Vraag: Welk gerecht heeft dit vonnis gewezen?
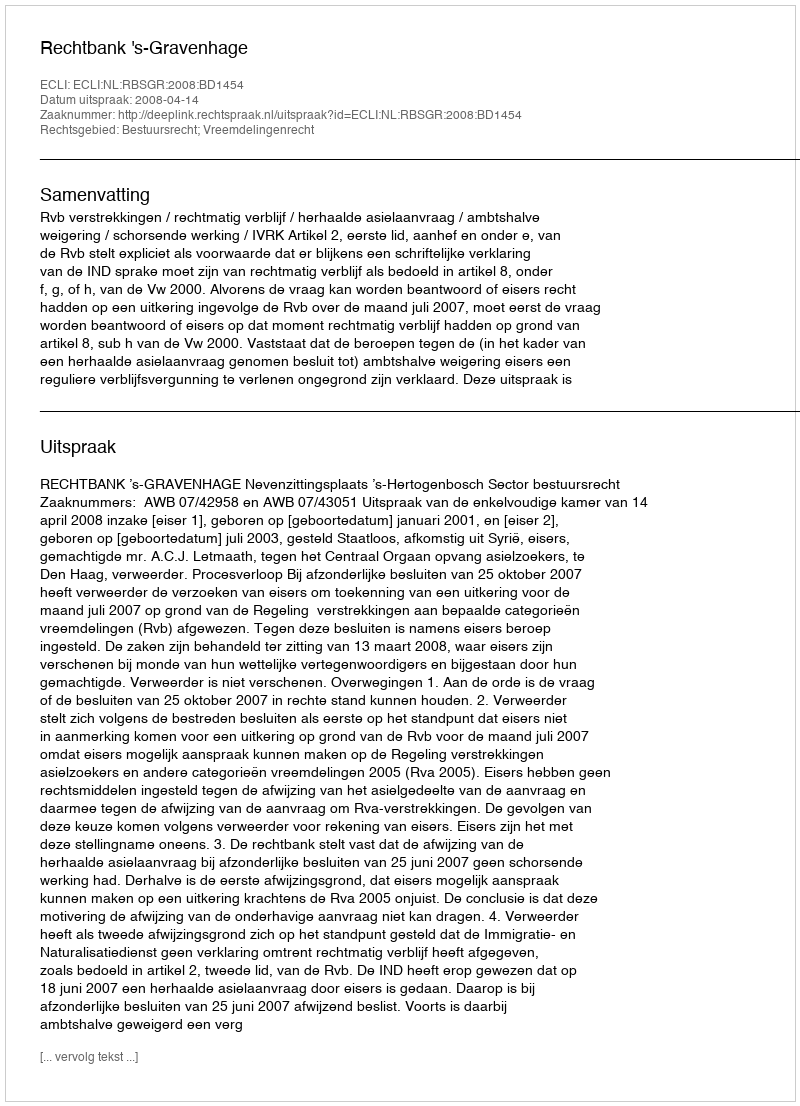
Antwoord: Rechtbank 's-Gravenhage